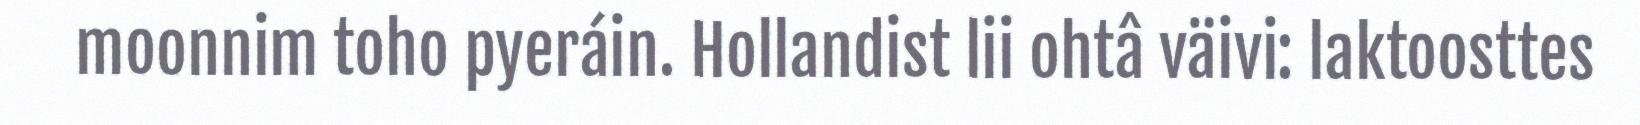
moonnim toho pyeráin. Hollandist lii ohtâ väivi: laktoosttes